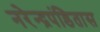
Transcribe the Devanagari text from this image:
नरेन्द्रपंडितास